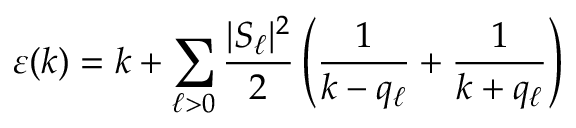
\varepsilon ( k ) = k + \sum _ { \ell > 0 } \frac { | S _ { \ell } | ^ { 2 } } { 2 } \left( \frac { 1 } { k - q _ { \ell } } + \frac { 1 } { k + q _ { \ell } } \right)